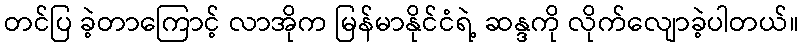
တင်ပြ ခဲ့တာကြောင့် လာအိုက မြန်မာနိုင်ငံရဲ့ ဆန္ဒကို လိုက်လျောခဲ့ပါတယ်။